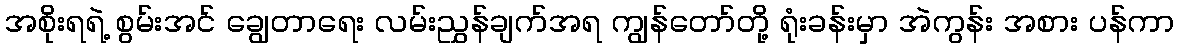
အစိုးရရဲ့ စွမ်းအင် ချွေတာရေး လမ်းညွှန်ချက်အရ ကျွန်တော်တို့ ရုံးခန်းမှာ အဲကွန်း အစား ပန်ကာ